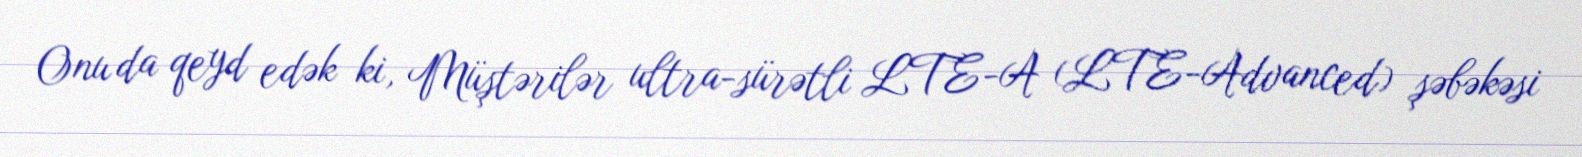
Onu da qeyd edək ki, Müştərilər ultra-sürətli LTE-A (LTE-Advanced) şəbəkəsi